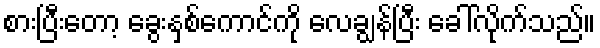
စားပြီးတော့ ခွေးနှစ်ကောင်ကို လေချွန်ပြီး ခေါ်လိုက်သည်။